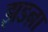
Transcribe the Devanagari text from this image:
झडऩा